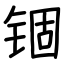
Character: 锢